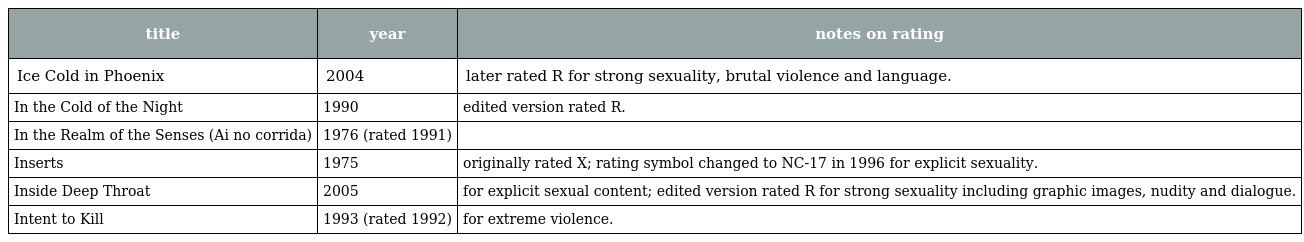
| title | year | notes on rating |
 | --- | --- | --- |
 | Ice Cold in Phoenix | 2004 | later rated R for strong sexuality, brutal violence and language. |
 | In the Cold of the Night | 1990 | edited version rated R. |
 | In the Realm of the Senses (Ai no corrida) | 1976 (rated 1991) |  |
 | Inserts | 1975 | originally rated X; rating symbol changed to NC-17 in 1996 for explicit sexuality. |
 | Inside Deep Throat | 2005 | for explicit sexual content; edited version rated R for strong sexuality including graphic images, nudity and dialogue. |
 | Intent to Kill | 1993 (rated 1992) | for extreme violence. |